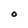
Character: 0